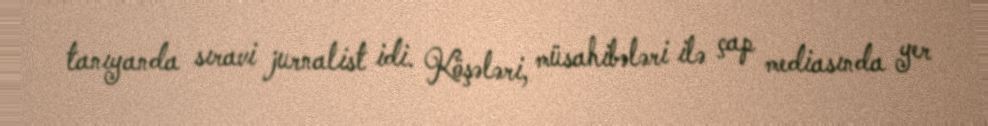
tanıyanda sıravi jurnalist idi. Köşələri, müsahibələri ilə çap mediasında yer